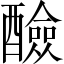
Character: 醶